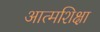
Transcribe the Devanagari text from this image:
आत्मशिक्षा